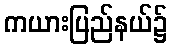
ကယားပြည်နယ်၌